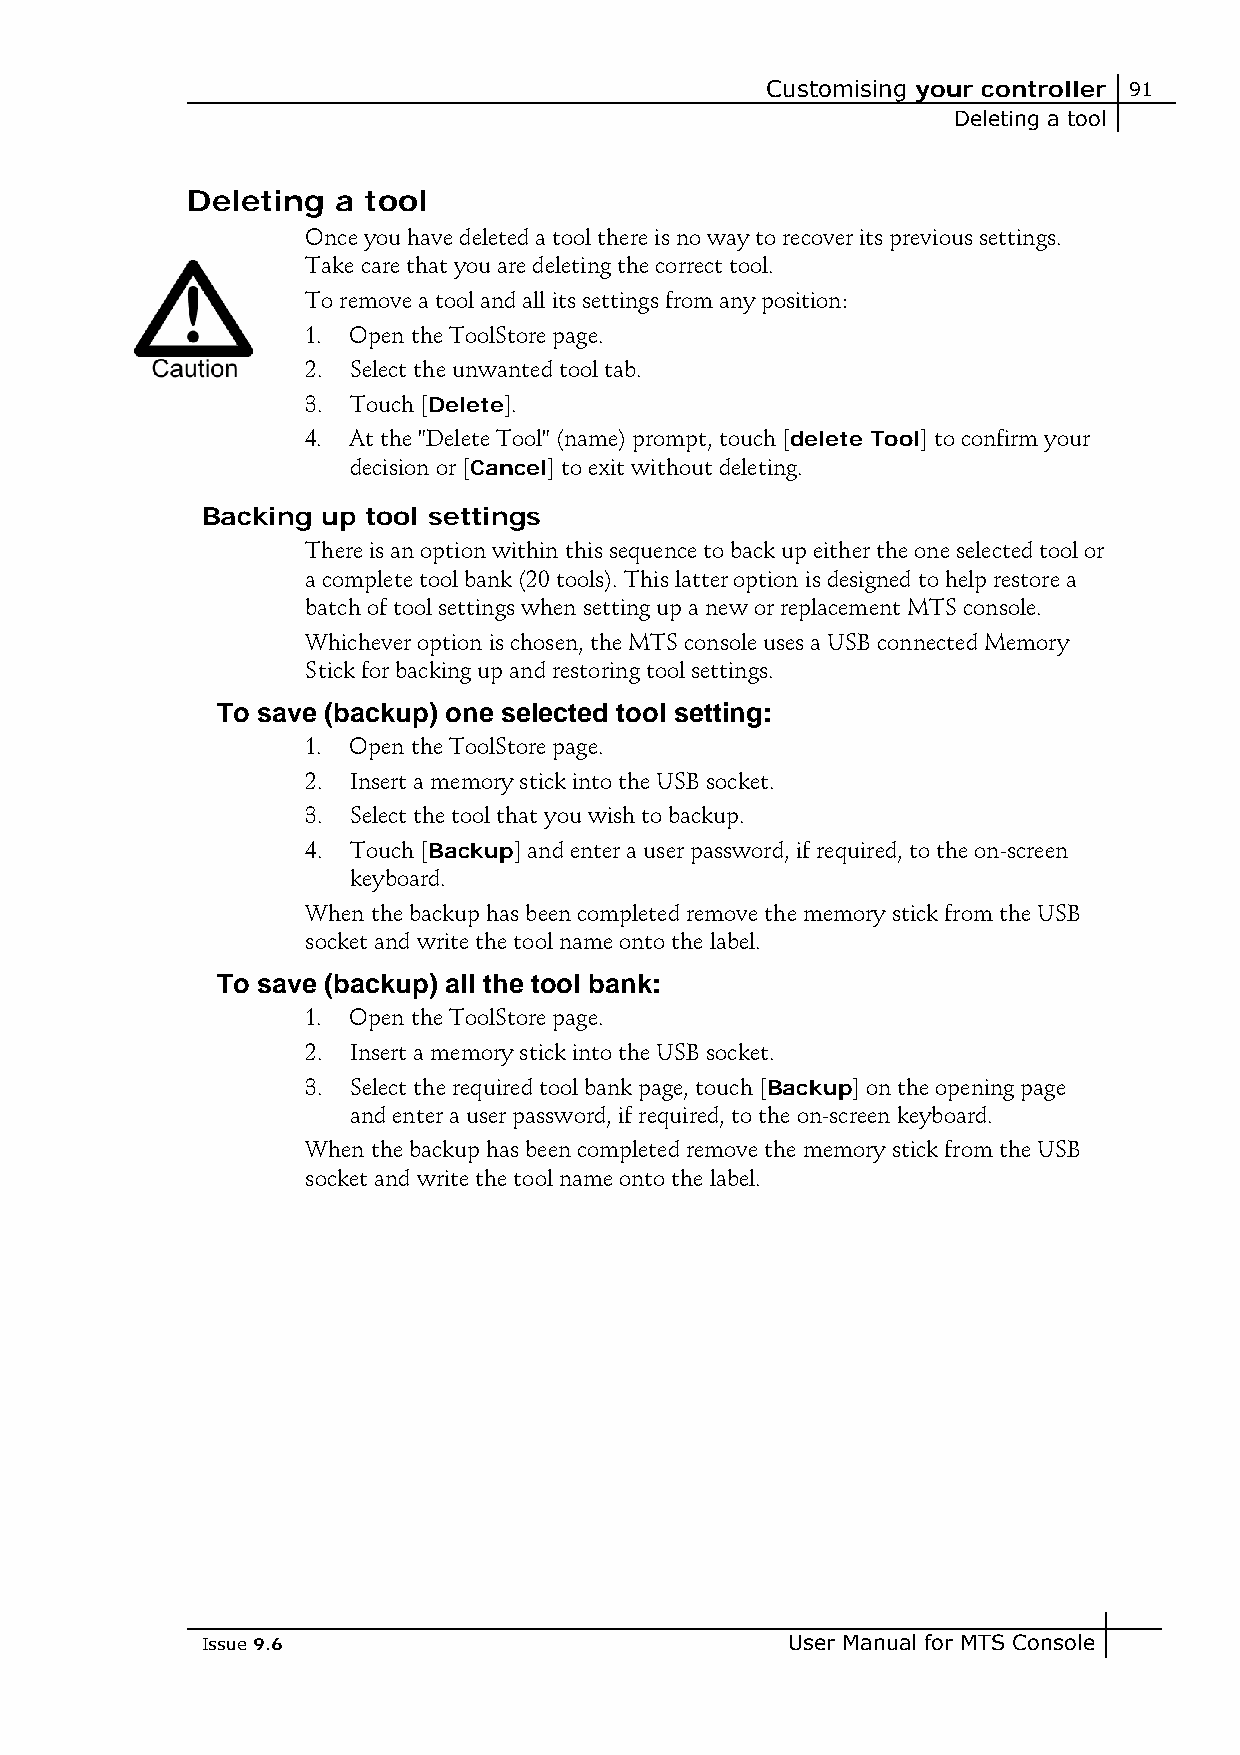
Customising your controller 91
 Deleting a tool
 Deleting  a tool
 Once you have deleted a tool there is no way to recover its previous settings.
 Take care that you are deleting the correct tool.
 To remove a tool and all its settings from any position:
 1. Open the ToolStore page.
 2. Select the unwanted tool tab.
 3. Touch [Delete].
 4. At the "Delete Tool" (name) prompt, touch [delete Tool] to confirm your
 decision or [Cancel] to exit without deleting.
 Backing up tool settings
 There is an option within this sequence to back up either the one selected tool or
 a complete tool bank (20 tools). This latter option is designed to help restore a
 batch of tool settings when setting up a new or replacement MTS console.
 Whichever option is chosen, the MTS console uses a USB connected Memory
 Stick for backing up and restoring tool settings.
 To save (backup) one selected tool setting:
 1. Open the ToolStore page.
 2. Insert a memory stick into the USB socket.
 3. Select the tool that you wish to backup.
 4. Touch [Backup] and enter a user password, if required, to the on-screen
 keyboard.
 When the backup has been completed remove the memory stick from the USB
 socket and write the tool name onto the label.
 To save (backup) all the tool bank:
 1. Open the ToolStore page.
 2. Insert a memory stick into the USB socket.
 3. Select the required tool bank page, touch [Backup] on the opening page
 and enter a user password, if required, to the on-screen keyboard.
 When the backup has been completed remove the memory stick from the USB
 socket and write the tool name onto the label.
 Issue 9.6                              User Manual for MTS Console